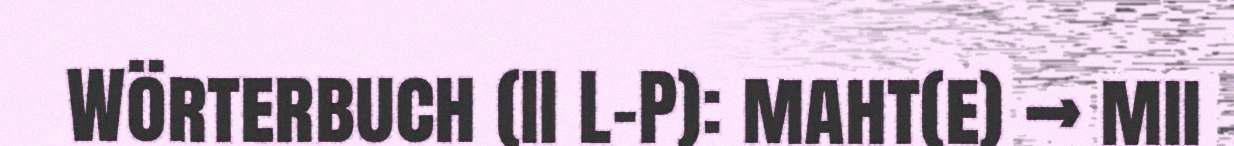
Wörterbuch (II L-P): maht(e) → mii